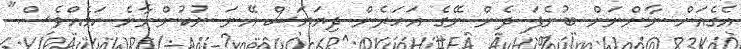
އެގެއަށް ނާންނަން ބުނެފަ ދެން ނޭގެ އަހަރެން ދިޔަޔަސް އޭނަ ނުކުންނާނެ ކަމެއްވެސް"